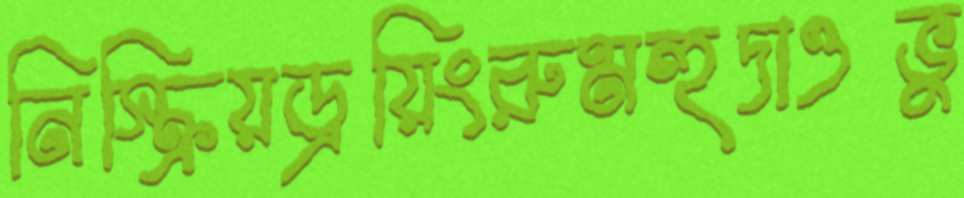
নিস্ক্রিয়ড্রয়িংরুমহুদাওভু